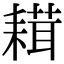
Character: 𦔋